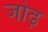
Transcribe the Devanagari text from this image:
जोढ़